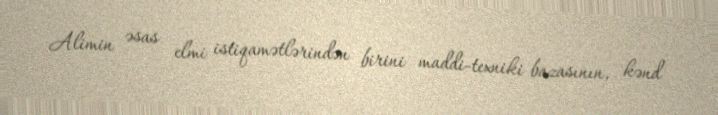
Alimin əsas elmi istiqamətlərindən birini maddi-texniki bazasının, kənd